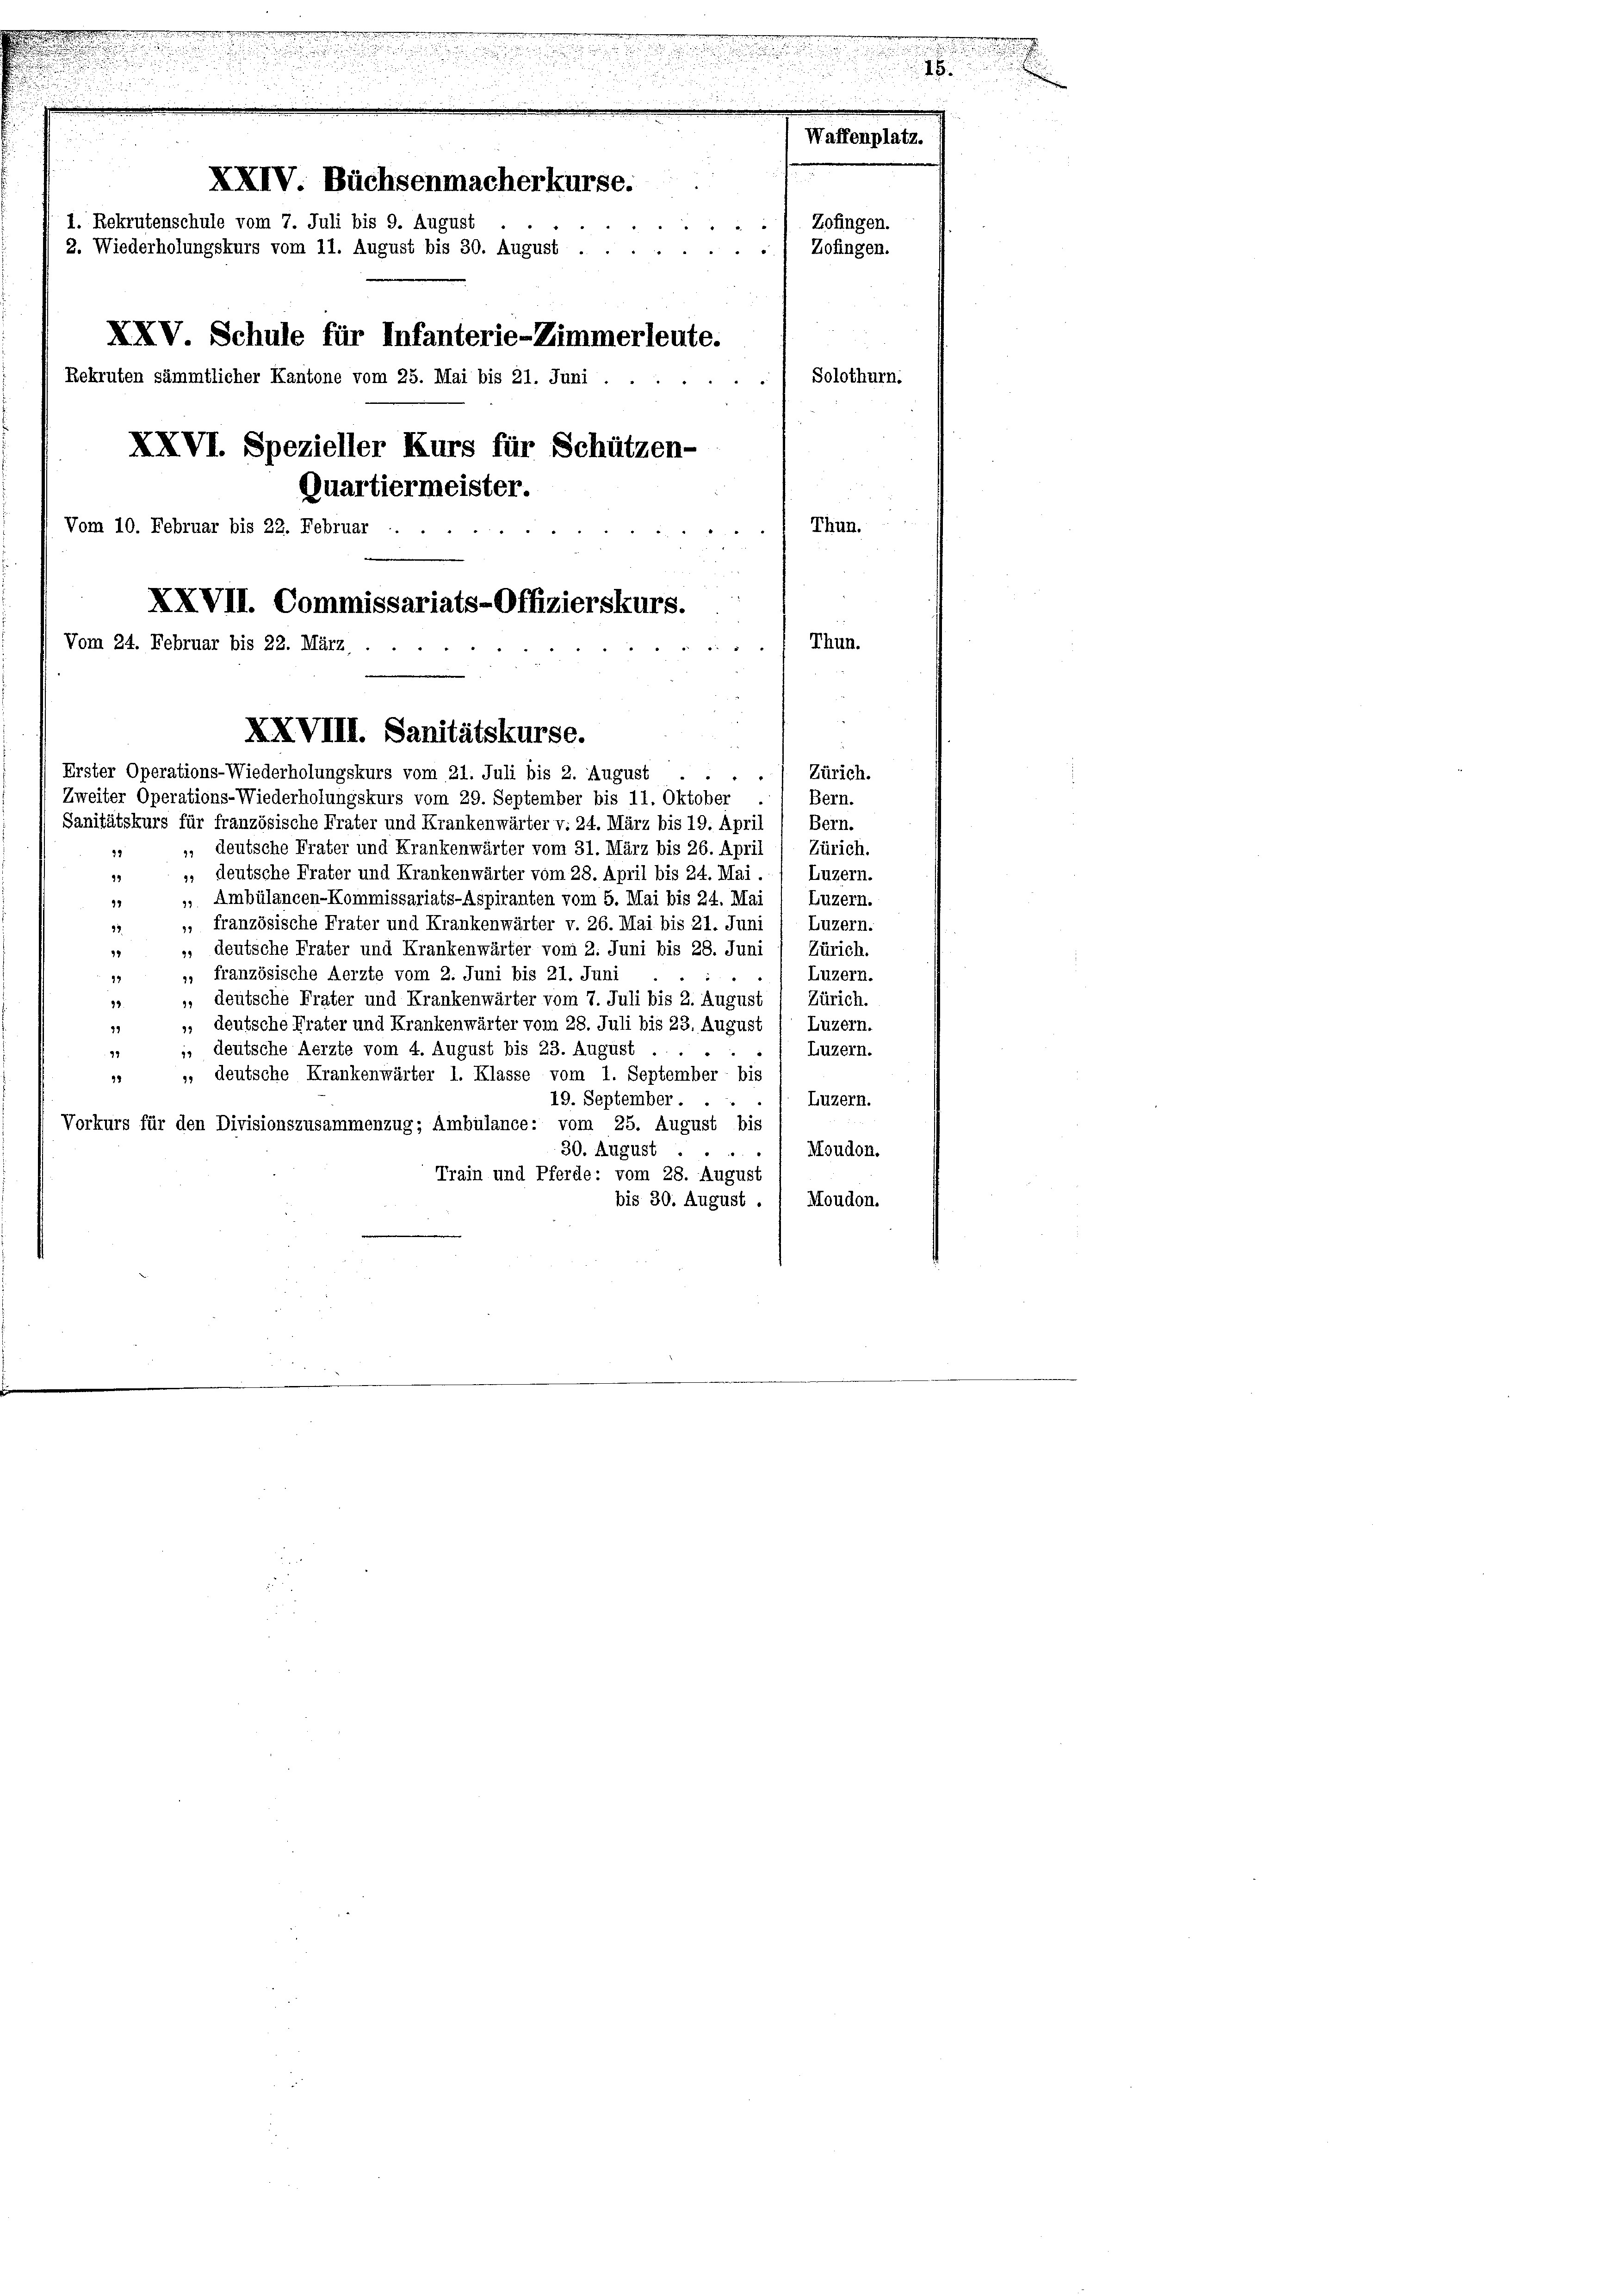
XXIV. Büchsenmacherkurse.
1. Rekrutenschule vom 7. Juli bis 9. August
2. Wiederholungskurs vom 11. August bis 30. August .
) Zofingen.
XXV. Schule für Infanterie-Zimmerleute.
Solothurn.
Rekruten sämmtlicher Kantone vom 25. Mai bis 21. Juni . .
XXVI. Spezieller Kurs für Schützen-
Quartiermeister.
Thun.
Vom 10. Februar bis 22. Februar

XXVII. Commissariats-Offizierskurs.
Thun.
Vom 24. Februar bis 22. März,

) Zürich.
Bern.
Sanitätskurs für französische Frater und Krankenwärter v. 24. März bis 19. April , Bern.
Zürich.
», deutsche Frater und Krankenwärter vom 31. März bis 26. April
39
 deutsche Frater und Krankenwärter vom 28. April bis 24. Mai.
Luzern.
99
Luzern.
» Ambülancen-Kommissariats-Aspiranten vom 5. Mai bis 24. Mai
92
„ französische Frater und Krankenwärter v. 26. Mai bis 21. Juni 1 Luzern.
33
», deutsche Frater und Krankenwärter vom 2. Juni bis 28. Juni / Zürich.
97
Luzern.
„ französische Aerzte vom 2. Juni bis 21. Juni
19
», deutsche Frater und Krankenwärter vom 7. Juli bis 2. August / Zürich.
92.
„ deutsche Frater und Krankenwärter vom 28. Juli bis 23. August
Luzern.
13
 deutsche Aerzte vom 4. August bis 23. August
Luzern.
43
», deutsche Krankenwärter I. Klasse vom 1. September bis
99
Luzern.
19. September ...
Vorkurs für den Divisionszusammenzug; Ambülance: vom 25. August bis
Moudon.
30. August ....
Train und Pferde: vom 28. August
bis 30. August . / Moudon.

XXVIII. Sanitätskurse.
Erster Operations-Wiederholungskurs vom 21. Juli bis 2. August
Zweiter Operations-Wiederholungskurs vom 29. September bis 11. Oktober

Zofingen.

Waffenplatz.

n
u

m